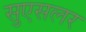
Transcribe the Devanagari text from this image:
सुएसलर